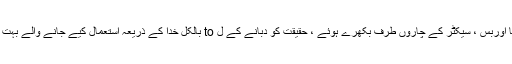
اس کے علاوہ انہوں نے توجہ کا اوربس ، سیکٹر کے چاروں طرف بکھرے ہوئے ، حقیقت کو دبانے کے ل to بالکل خدا کے ذریعہ استعمال کیے جانے والے بہت سارے حسی اوربز حاصل کیے۔